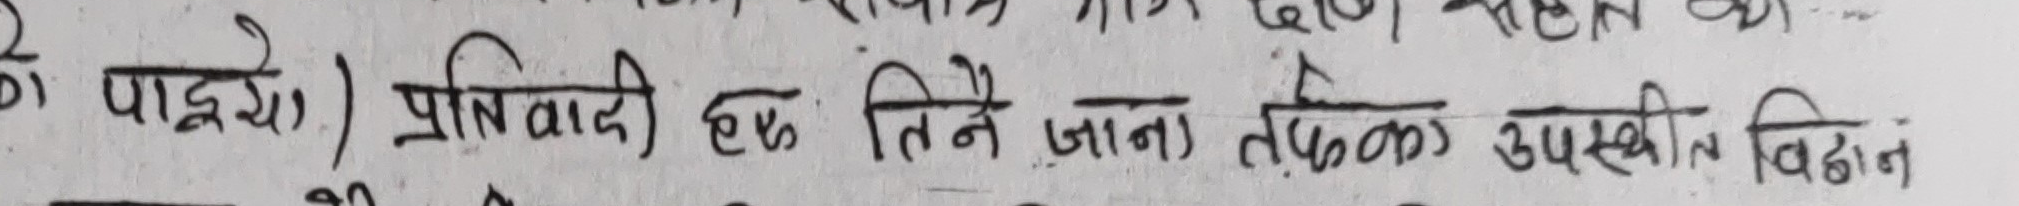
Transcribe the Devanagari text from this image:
के पाइये) प्रतिवादी हरु तिनै जान तत्फल उपस्थित विद्वान